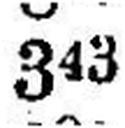
343